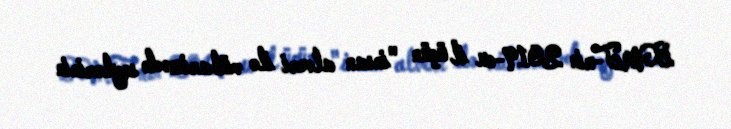
BMT-nin 2019-cu il üçün "insan alveri ilə mübarizədə səylərinin